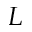
L